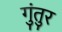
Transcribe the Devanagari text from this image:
गुंतुर